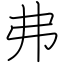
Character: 弗